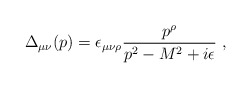
\begin{align*}\Delta_{\mu\nu}(p)= \epsilon_{\mu\nu\rho} \frac{p^\rho}{p^2-M^2+i\epsilon}\,\, ,\end{align*}